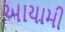
આયામી